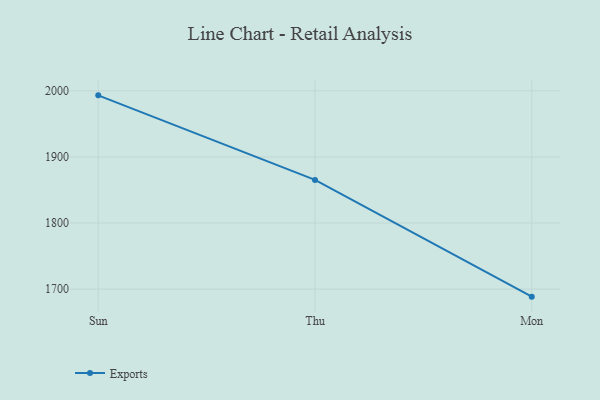
{"axis": {"x": "Day", "y": "Churn Rate (%)"}, "legend": ["Exports"], "data": [{"x": "Sun", "y": 1993.2, "type": "Exports"}, {"x": "Thu", "y": 1865.2, "type": "Exports"}, {"x": "Mon", "y": 1688.6, "type": "Exports"}]}